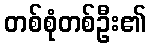
တစ်စုံတစ်ဦး၏